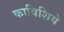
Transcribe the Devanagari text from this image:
काविशिये